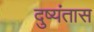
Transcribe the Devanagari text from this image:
दुष्यंतास